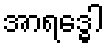
အာရဒ္ဓေါ